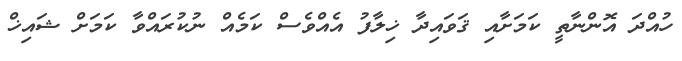
ހުއްދަ އޮންނާތީ ކަމަށާއި ޤަވައިދާ ޚިލާފު އެއްވެސް ކަމެއް ނުކުރައްވާ ކަމަށް ޝައިޚް